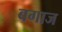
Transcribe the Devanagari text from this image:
बगाज